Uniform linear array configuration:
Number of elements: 12
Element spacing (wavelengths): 0.25
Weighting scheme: cosine
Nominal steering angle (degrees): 30
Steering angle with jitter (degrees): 29.023
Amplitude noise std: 0.05
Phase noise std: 0.05

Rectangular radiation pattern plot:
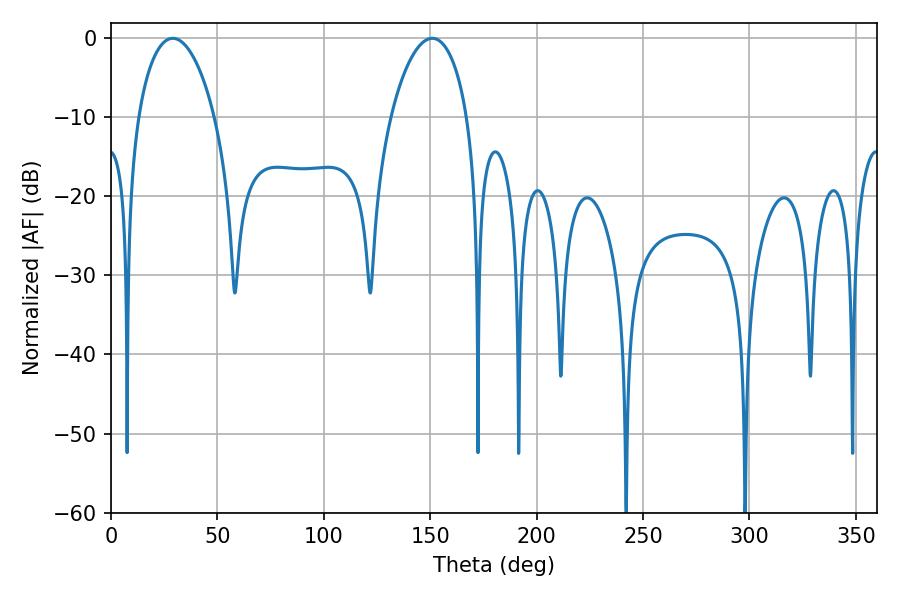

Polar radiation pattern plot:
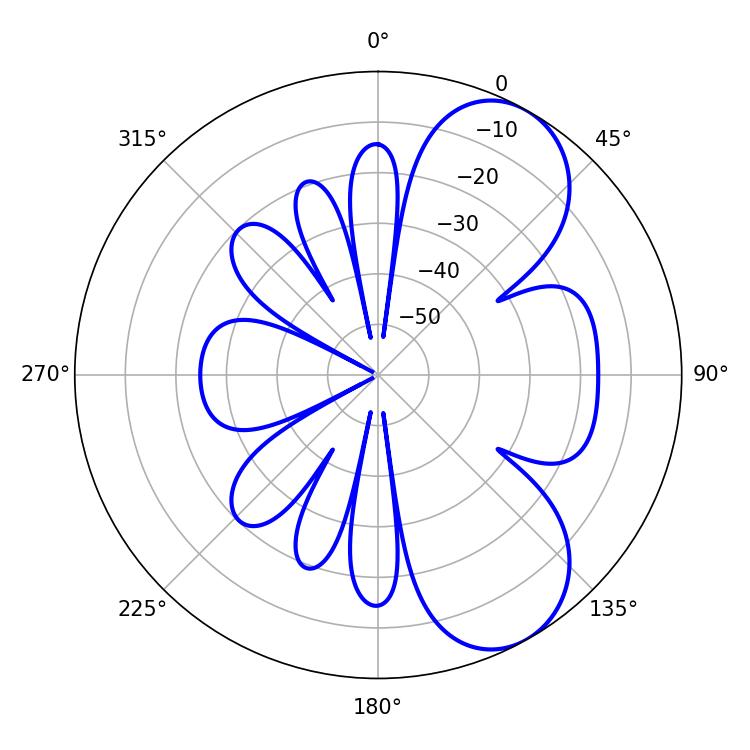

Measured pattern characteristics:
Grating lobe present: FALSE
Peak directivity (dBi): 7.2
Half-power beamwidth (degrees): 20.34
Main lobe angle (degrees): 28.98